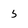
Character: 5